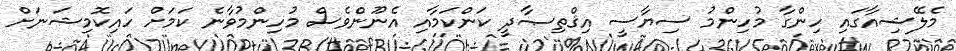
މެލޭޝިއާގައި ހިންގާ މުހިންމު ސިޔާސީ އިޤްތިޞާދީ ކަންކަމާއި އެނޫންވެސް މުހިންމުވާނެ ކަމަށް ހައިކޮމިޝަނަށް